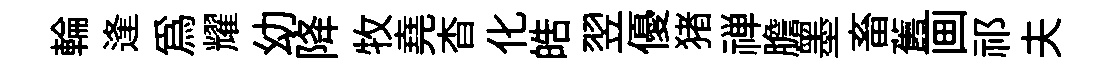
輪逢爲耀幼降牧堯杳化皓翌優猪禅膽墨畜舊画祁夫